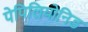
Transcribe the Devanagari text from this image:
पेपिलियोनिड